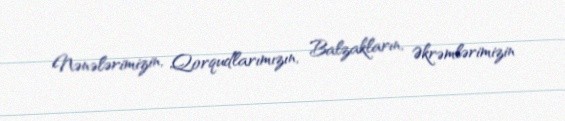
Nənələrimizin, Qorqudlarımızın, Balzakların, Əkrəmlərimizin